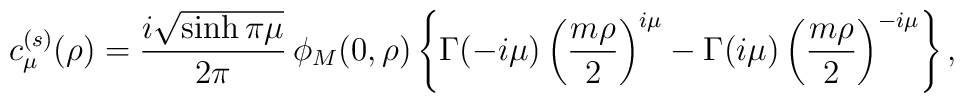
c_{\mu}^{(s)}(\rho)=\frac{i\sqrt{\sinh\pi\mu}}{2\pi}\,\phi_M(0,\rho)\left\{\Gamma(-i\mu)\left(\frac{m\rho}2\right)^{i\mu}-\Gamma(i\mu)\left(\frac{m\rho}2\right)^{-i\mu}\right\},